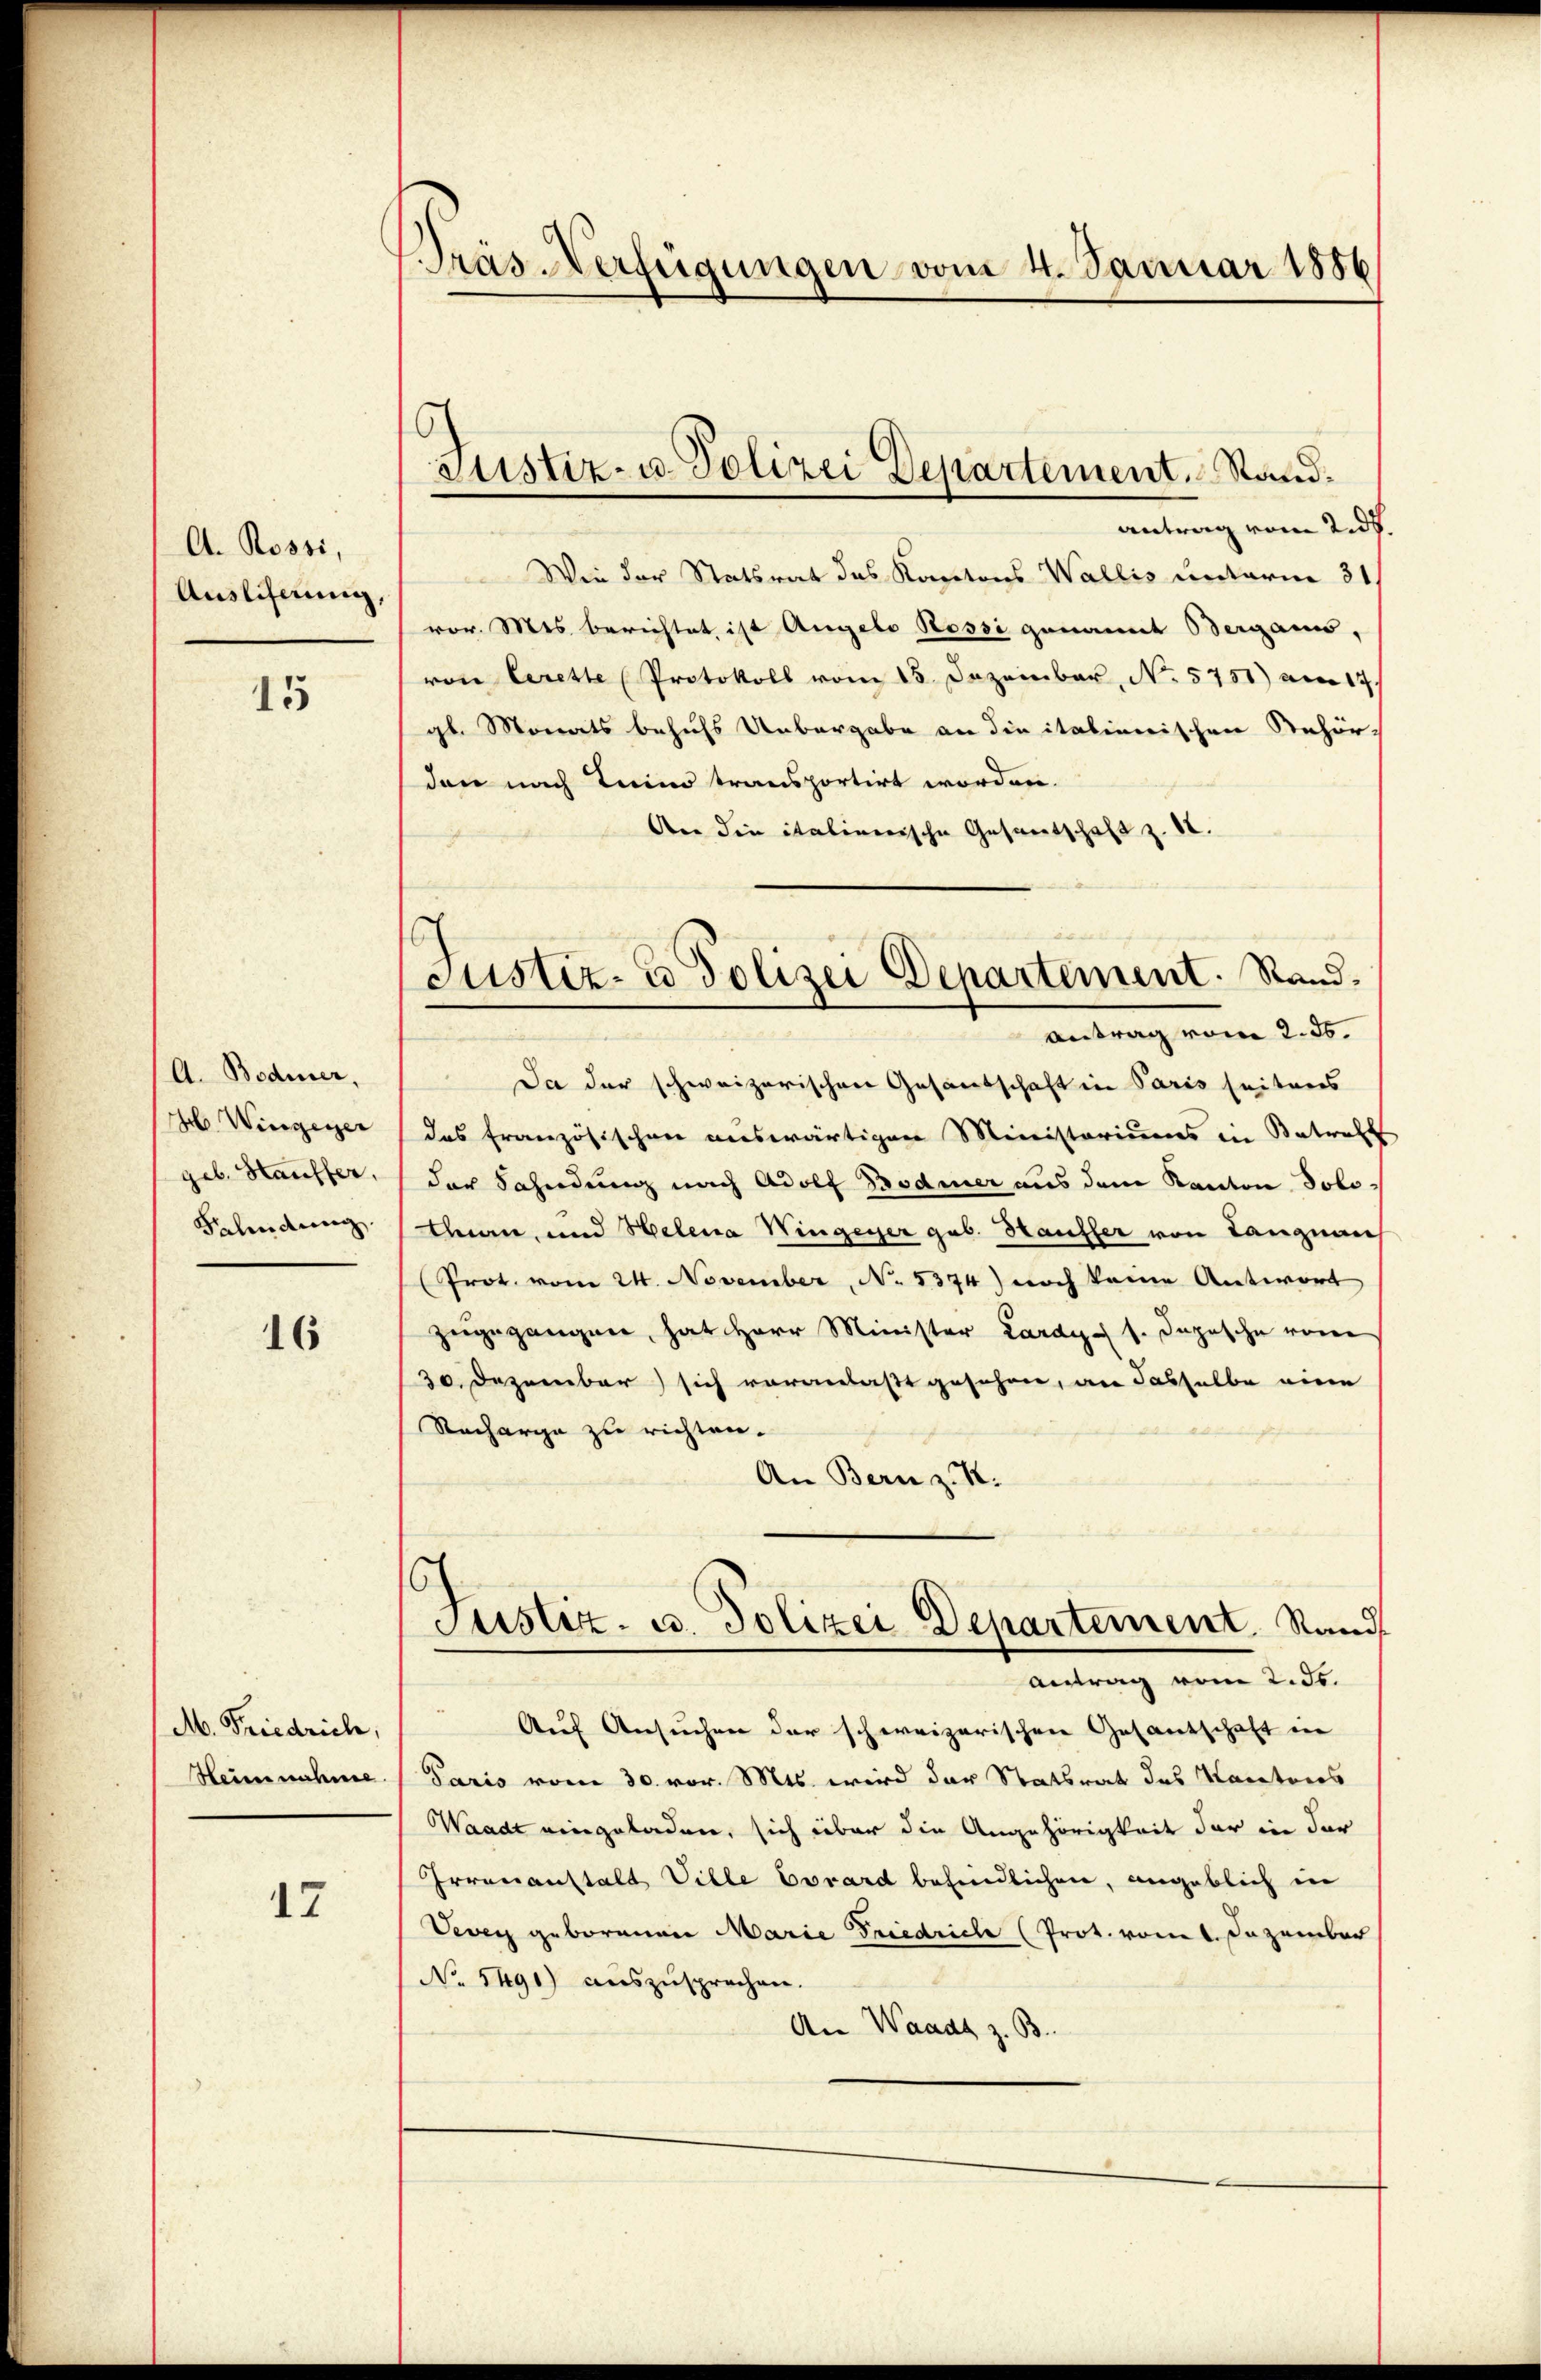
A. Rossi,
Ausliferung,

15

A. Bodmer,
M Wingerer
geb. Hauffer,
Behindung

16

M. Friedrich,
Heise nahme

17

Träs-Verfügungen vom 4. Januar 1886

G
Justiz- u. Polizei Departement. Sand¬

custiz- u Polizei Departement. Sand¬
A
Antrag vom 2. ds.

antrag vom 2. ds.
Wie der Statsrat des Kantons Wallis unterm 31.
vor. Mes berichtet ist Angelo Rossi genannt Berganis,
von Cerette Protokoll vom 15. Dezember, No. 5751) am 17.
gl. Monats behufs Uebergabe an die italienischen Rehör-
den nach Teine transportirt worden.
Aer die italinerische Gesandschaft z. 18.
Da der schweizerischen Gesandschaft in Paris seiteres
das französischen auswärtigen Ministeriums in Antralt
der Fahndung nach Adolf Bodmer aus dem Kanton Solothan, und Helena Hingener gab. Hanfler von Langnau
(Prot. vom 24. November, No. 5374) noch keine Antwort
zugegangen, hat Herr Minister Lardy 1. Depesche von
30. Dezember sich voranlaßt gesehen, an dasselbe eine
Nacharge zu richten.
An Bern z. K.
Justiz- u. Polizei Departement Rand
Antrag vom 2. ds.
Auf Ansuchen der schweizerischen Gesantschaft in
Paris vom 30. vor. Mts. wird der Statsrat des Kantores
Waadt eingeladen, sich über die Angehörigkeit der in der
Irrenanstalt Ville Corard befindlichen, angeblich in
Vevey geborenen Marie Friedriche (Prot. vom 1. Dezember
No 5491) auszusprechen.
An Waadt z. B.